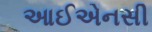
આઈએનસી